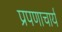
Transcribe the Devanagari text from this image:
प्रपणाचार्य